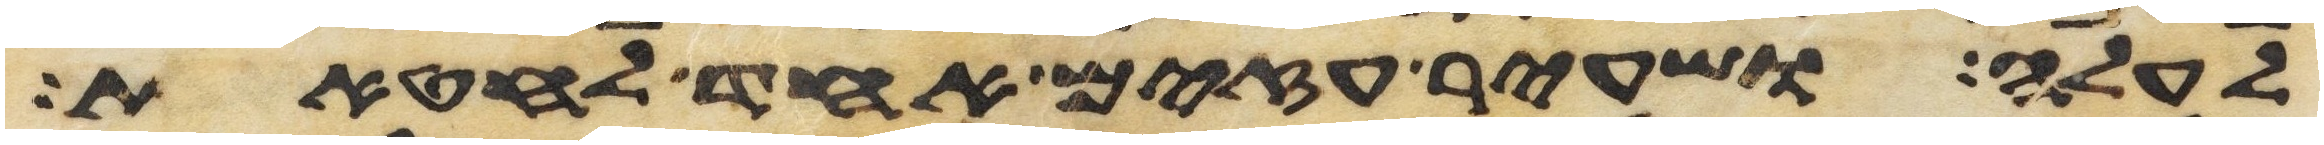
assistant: לעלה ושעיר עזים אחד לחטאת